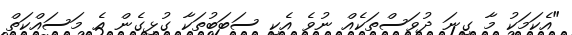
"އެކަމަކު މާ ގިނަ ދުވަސްތަކެއް ނުވެ އެކި ސަބަބުތަކާ ގުޅިގެން އެ މަސައްކަތް